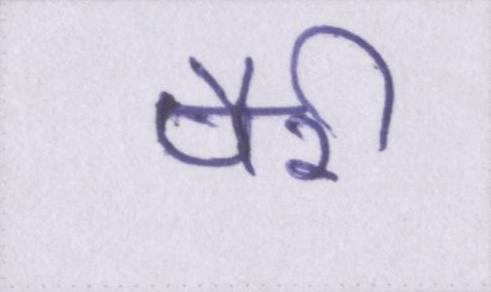
पैरी